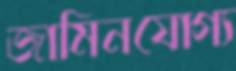
জামিনযোগ্য